system: You are a helpful assistant.
user:
Analyze the provided spectrum to determine if it is a **S-type Star**.

- **Key Indicators for S-type Star:**

    - **(Overall Spectrum Shape):** The first and most obvious characteristic is the overall continuum (the "baseline" shape). It is **extremely "red-sloping,"** meaning the flux (light intensity) is very low on the left side (blue, ~4000-4500 Å) and rises steeply and continuously toward the right side (red, ~7000 Å+).

    - **(Primary):** The spectrum is defined by the presence of strong, broad molecular absorption "valleys" (bands) from **Zirconium Oxide (ZrO)**. The identification of these bands is the **primary requirement** for classifying a star as S-type.
        - **(Key Bandheads):** You must find distinct, deep "dips" where the light has been absorbed. The most critical band systems to locate are:
            - **~6474 Å** ($\gamma$-system): This is often the strongest and clearest ZrO feature, found in the red part of the spectrum.
            - **~5718 Å** & **~5551 Å** ($\beta$-system): A pair of prominent absorption features in the yellow-orange part of the spectrum.
            - **~4640 Å** ($\alpha$-system): A key absorption band system in the blue-green region of the spectrum.

    - **(Secondary Confirmation):** The classification is strengthened by finding additional absorption bands from other related heavy element oxides, which are expected to be present alongside ZrO.
        - **(Key Bandheads):**
            - **Yttrium Oxide (YO):** Look for absorption dips near **~4800 Å** and **~6100 Å**.
            - **Lanthanum Oxide (LaO):** Additional absorption features, particularly in the red-orange part of the spectrum, are also characteristic.

    - **(Line Profile):** The combination of the steep red continuum and these numerous, deep molecular bands (ZrO, YO, etc.) gives the entire spectrum a very **"chopped-up"** or **"bumpy"** appearance. Instead of a smooth curve, the spectrum looks as though large, wide chunks of light have been "carved out" of it at the specific wavelengths listed above.

Think first, call **spectral_visualization_tool** if needed to examine features in detail, then provide your final answer. Your response must adhere to the following strict rules:
1.  **Overall Structure:** Your response must follow the format `<think>...</think> <tool_call>...</tool_call> (if a tool is used) <answer>...</answer>`.
2.  **Tool Usage Constraint:** You may only make **one** tool call per turn.
3.  **Final Answer Format:** In the `<answer>` tag, your conclusion must be inside a `\boxed{}` command (e.g., `\boxed{YES}` or `\boxed{NO}`), followed by your justification.

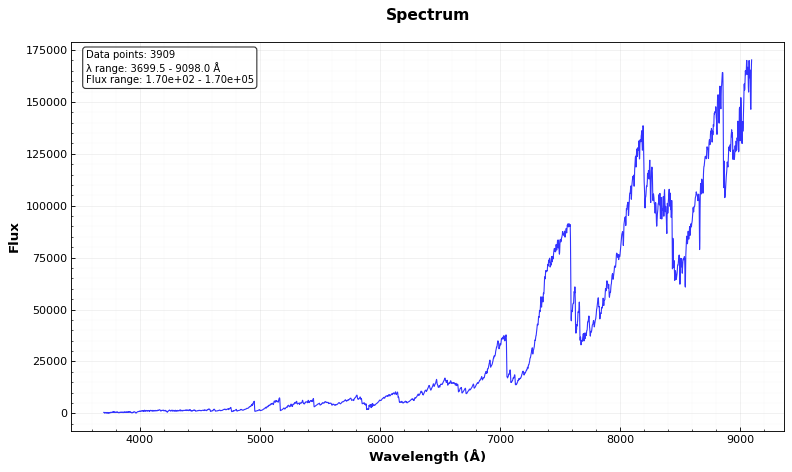
Answer: YES